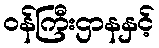
ဝန်ကြီးဌာနနှင့်